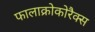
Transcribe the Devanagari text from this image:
फालाक्रोकोरैक्स